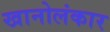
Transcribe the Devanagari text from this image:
खानोलंकार